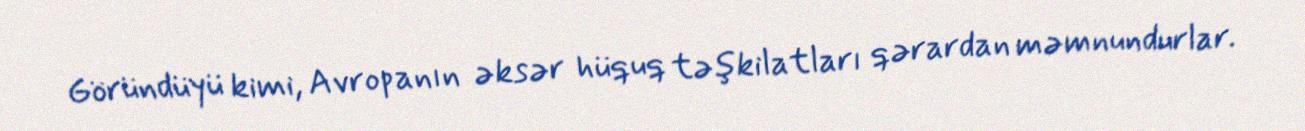
Göründüyü kimi, Avropanın əksər hüquq təşkilatları qərardan məmnundurlar.